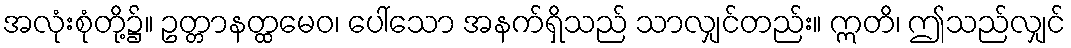
အလုံးစုံတို့၌။ ဥတ္တာနတ္ထမေဝ၊ ပေါ်သော အနက်ရှိသည် သာလျှင်တည်း။ ဣတိ၊ ဤသည်လျှင်